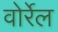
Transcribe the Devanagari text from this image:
वोर्रेल